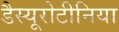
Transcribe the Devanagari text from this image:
डैस्यूरोटीनिया